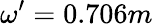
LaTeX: \omega^{\prime}=0.706m